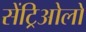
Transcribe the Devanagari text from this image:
सेंट्रिओलों